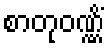
စာတုဝဏ္ဏိံ